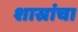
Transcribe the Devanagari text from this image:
शास्रांचा